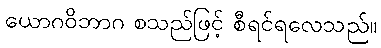
ယောဂဝိဘာဂ စသည်ဖြင့် စီရင်ရလေသည်။